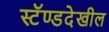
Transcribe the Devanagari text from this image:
स्टॅण्डदेखील